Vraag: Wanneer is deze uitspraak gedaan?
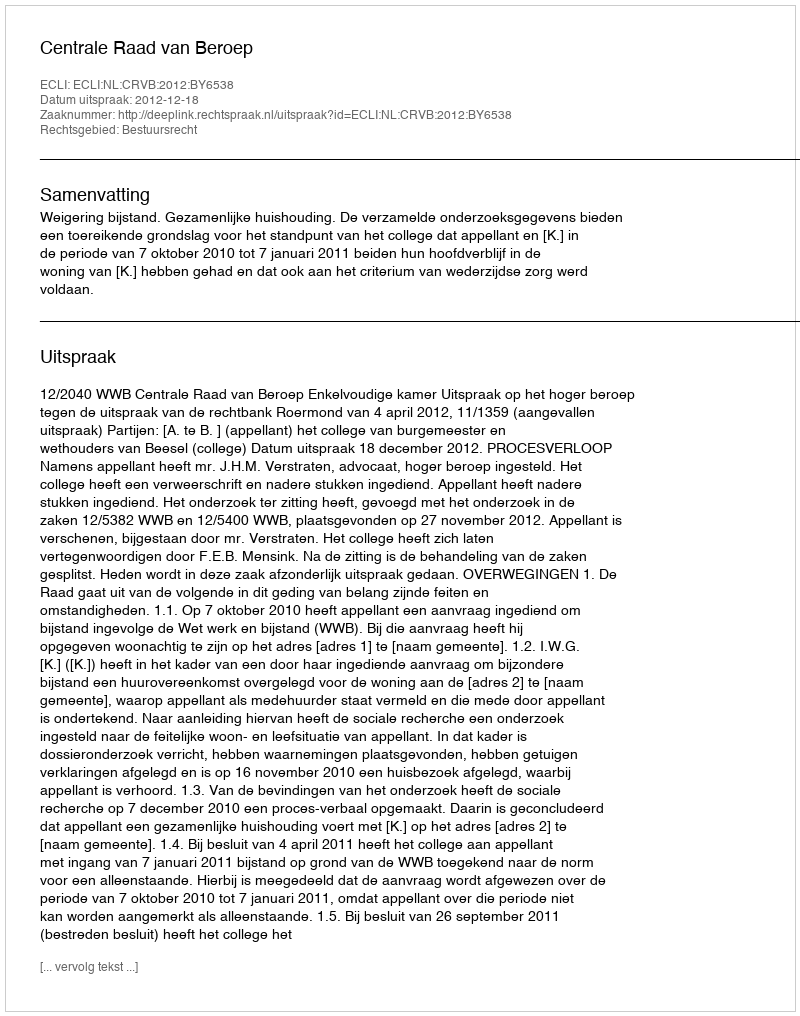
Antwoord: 2012-12-18